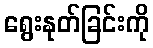
ရွေးနုတ်ခြင်းကို